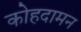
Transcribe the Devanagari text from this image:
कोहदामन